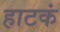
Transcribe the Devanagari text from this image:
हाटकं